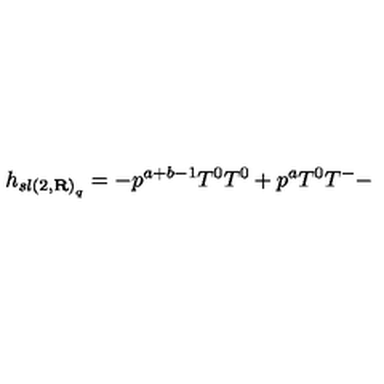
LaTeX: h _ { { s l ( 2 , { \bf R } ) } _ { q } } = - p ^ { a + b - 1 } T ^ { 0 } T ^ { 0 } + p ^ { a } T ^ { 0 } T ^ { - } -